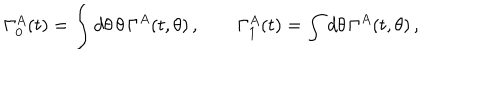
LaTeX: \Gamma _ { 0 } ^ { A } ( t ) = \int d \theta \, \theta \, \Gamma ^ { A } ( t , \theta ) \, , \qquad \Gamma _ { 1 } ^ { A } ( t ) = \int d \theta \, \Gamma ^ { A } ( t , \theta ) \, ,